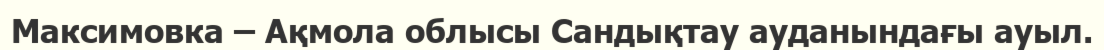
Максимовка – Ақмола облысы Сандықтау ауданындағы ауыл.